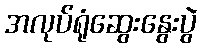
အလုပ်ရုံဆွေးနွေးပွဲ